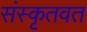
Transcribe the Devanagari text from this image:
संस्कृतवत